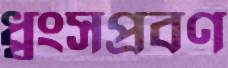
ধ্বংসপ্রবণ